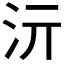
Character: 𱥳